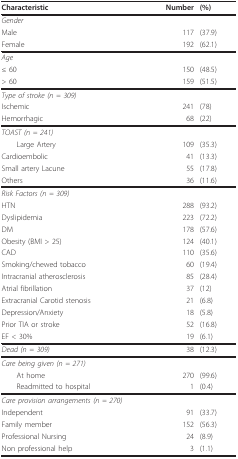
| Characteristic | Number | (%) |
 | --- | --- | --- |
 | Gender |  |  |
 | Male | 117 | (37.9) |
 | Female | 192 | (62.1) |
 | Age |  |  |
 | ≤ 60 | 150 | (48.5) |
 | > 60 | 159 | (51.5) |
 | Type of stroke (n = 309) |  |  |
 | Ischemic | 241 | (78) |
 | Hemorrhagic | 68 | (22) |
 | TOAST (n = 241) |  |  |
 | Large Artery | 109 | (35.3) |
 | Cardioembolic | 41 | (13.3) |
 | Small artery Lacune | 55 | (17.8) |
 | Others | 36 | (11.6) |
 | Risk Factors (n = 309) |  |  |
 | HTN | 288 | (93.2) |
 | Dyslipidemia | 223 | (72.2) |
 | DM | 178 | (57.6) |
 | Obesity (BMI > 25) | 124 | (40.1) |
 | CAD | 110 | (35.6) |
 | Smoking/chewed tobacco | 60 | (19.4) |
 | Intracranial atherosclerosis | 85 | (28.4) |
 | Atrial fibrillation | 37 | (12) |
 | Extracranial Carotid stenosis | 21 | (6.8) |
 | Depression/Anxiety | 18 | (5.8) |
 | Prior TIA or stroke | 52 | (16.8) |
 | EF < 30% | 19 | (6.1) |
 | Dead (n = 309) | 38 | (12.3) |
 | Care being given (n = 271) |  |  |
 | At home | 270 | (99.6) |
 | Readmitted to hospital | 1 | (0.4) |
 | Care provision arrangements (n = 270) |  |  |
 | Independent | 91 | (33.7) |
 | Family member | 152 | (56.3) |
 | Professional Nursing | 24 | (8.9) |
 | Non professional help | 3 | (1.1) |